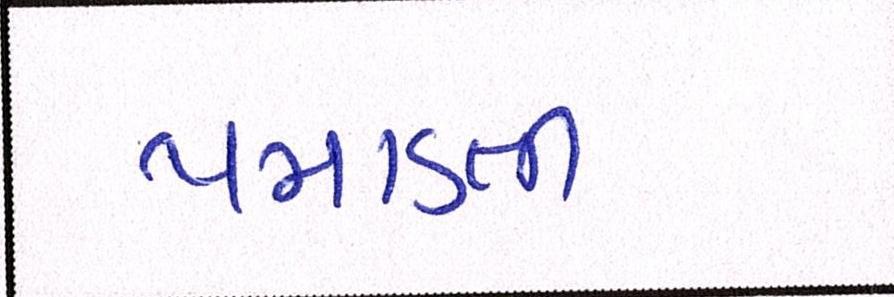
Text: પમાડતી